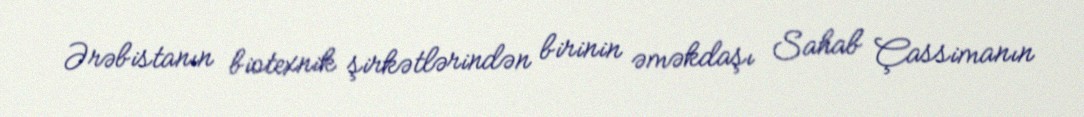
Ərəbistanın biotexnik şirkətlərindən birinin əməkdaşı Sahab Çassimanın